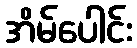
အိမ်ပေါင်း